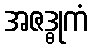
အဇဒ္ဓုကံ